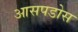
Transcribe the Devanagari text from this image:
आसपडोस